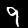
Digit: 9